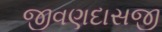
જીવણદાસજી